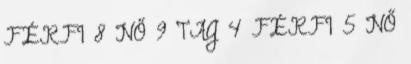
FÉRFI 8 NŐ 9 TAG 4 FÉRFI 5 NŐ